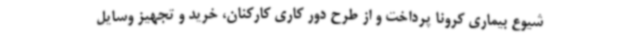
شیوع بیماری کرونا پرداخت و از طرح دور کاری کارکنان، خرید و تجهیز وسایل